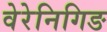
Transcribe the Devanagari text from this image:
वेरेनिगिङ